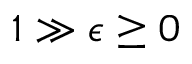
1 \gg \epsilon \ge 0